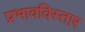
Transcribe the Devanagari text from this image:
प्रभावविस्तार